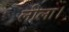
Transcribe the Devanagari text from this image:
लीला।